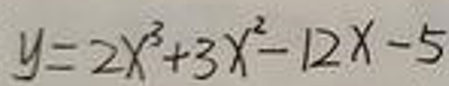
\[
y = 2x^{3}+3x^{2}-12x - 5
\]